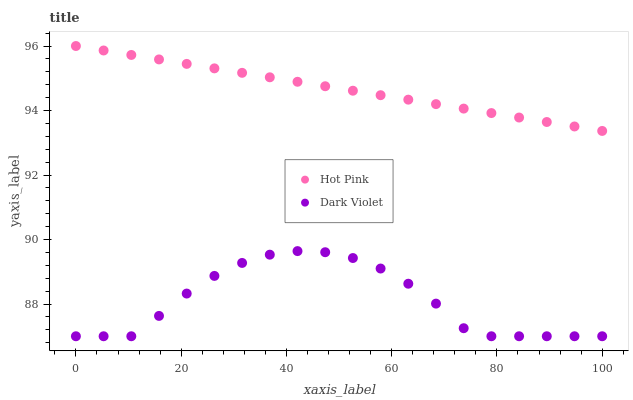
| xaxis_label | Hot Pink | Dark Violet |
 | --- | --- | --- |
 | 0 | 96 | 87 |
 | 5.26 | 95.9 | 87 |
 | 10.5 | 95.7 | 87 |
 | 15.8 | 95.6 | 87.6 |
 | 21.1 | 95.4 | 88.3 |
 | 26.3 | 95.3 | 88.9 |
 | 31.6 | 95.2 | 89.3 |
 | 36.8 | 95 | 89.5 |
 | 42.1 | 94.9 | 89.6 |
 | 47.4 | 94.8 | 89.6 |
 | 52.6 | 94.6 | 89.4 |
 | 57.9 | 94.5 | 89.1 |
 | 63.2 | 94.3 | 88.6 |
 | 68.4 | 94.2 | 88 |
 | 73.7 | 94.1 | 87.2 |
 | 78.9 | 93.9 | 87 |
 | 84.2 | 93.8 | 87 |
 | 89.5 | 93.6 | 87 |
 | 94.7 | 93.5 | 87 |
 | 100 | 93.4 | 87 |